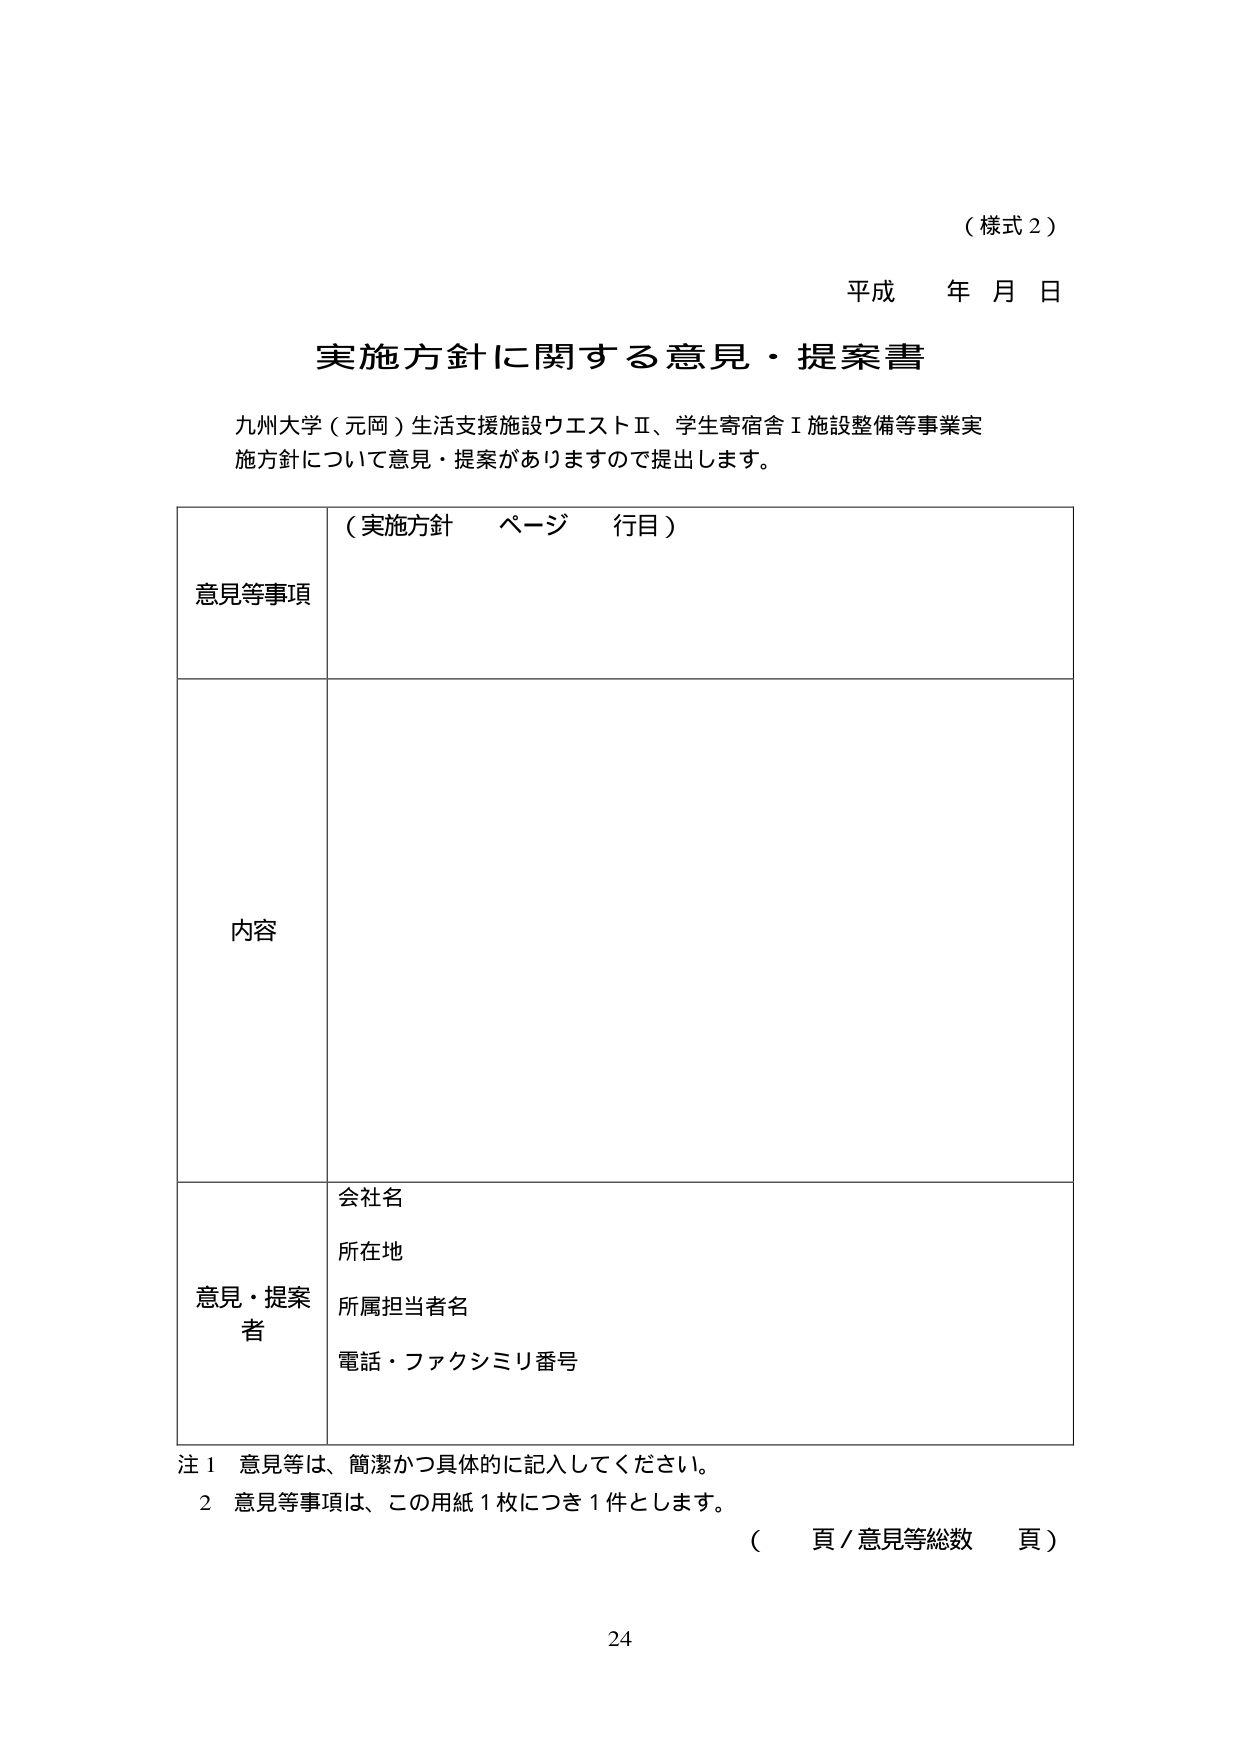
（様式２）

平成 年 月 日

実施方針に関する意見・提案書

九州大学（元岡）生活支援施設ウエストⅡ、学生寄宿舎Ⅰ施設整備等事業実施方針について意見・提案がありますので提出します。

意見等事項 （実施方針 ページ 行目）

内容

意見・提案者 会社名
所在地
所属担当者名
電話・ファクシミリ番号

注１ 意見等は、簡潔かつ具体的に記入してください。
２ 意見等事項は、この用紙１枚につき１件とします。
（　頁／意見等総数　頁）

24